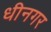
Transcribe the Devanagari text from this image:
धीनगर